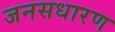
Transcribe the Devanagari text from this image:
जनसधारण